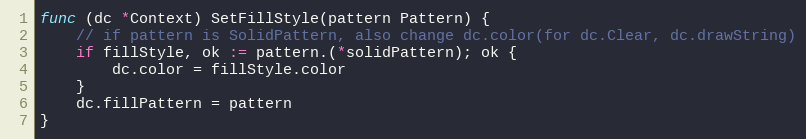
Language: Go
func (dc *Context) SetFillStyle(pattern Pattern) {
	// if pattern is SolidPattern, also change dc.color(for dc.Clear, dc.drawString)
	if fillStyle, ok := pattern.(*solidPattern); ok {
		dc.color = fillStyle.color
	}
	dc.fillPattern = pattern
}